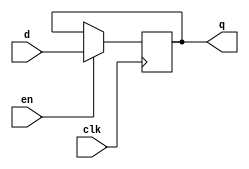
// This program was cloned from: https://github.com/FPGADude/Digital-Design
// License: GNU General Public License v3.0

`timescale 1ns / 1ps

module d_ff(
    input clk,          // system clock
    input d,            // data bit coming in
    input en,           // enable storing of data bit
    output reg q        // stored data bit
    );
    
    always @(posedge clk) begin
        if(en)
            q <= d;
    end
endmodule